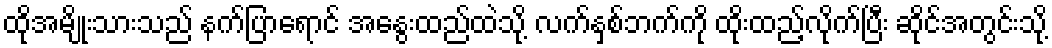
ထိုအမျိုးသားသည် နက်ပြာရောင် အနွေးထည်ထဲသို့ လက်နှစ်ဘက်ကို ထိုးထည့်လိုက်ပြီး ဆိုင်အတွင်းသို့